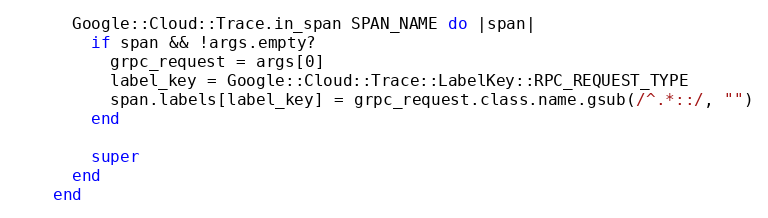
Language: Ruby
      Google::Cloud::Trace.in_span SPAN_NAME do |span|
        if span && !args.empty?
          grpc_request = args[0]
          label_key = Google::Cloud::Trace::LabelKey::RPC_REQUEST_TYPE
          span.labels[label_key] = grpc_request.class.name.gsub(/^.*::/, "")
        end

        super
      end
    end